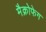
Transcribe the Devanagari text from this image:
मैक्रोफेग